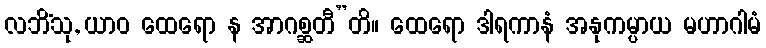
လဘိံသု, ယာဝ ထေရော န အာဂစ္ဆတီ”တိ။ ထေရော ဒါရကာနံ အနုကမ္ပာယ မဟာဂါမံ